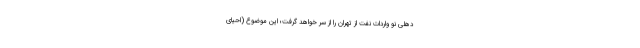
دهلی نو واردات نفت از تهران را از سر خواهد گرفت؛ این موضوع (احیای